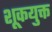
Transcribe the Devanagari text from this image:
शूकयुक्त